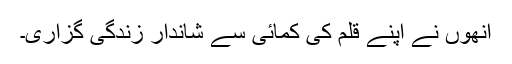
انھوں نے اپنے قلم کی کمائی سے شاندار زندگی گزاری۔